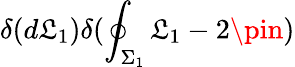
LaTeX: \delta(d\mathfrak{L}_{1})\delta(\oint_{\Sigma_{1}}\mathfrak{L}_{1}-2\pin)